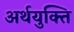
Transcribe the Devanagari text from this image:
अर्थयुक्ति